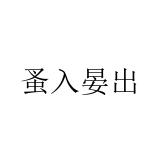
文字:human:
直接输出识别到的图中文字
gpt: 蚤入晏出